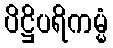
ပိဋ္ဌိပရိကမ္မံ